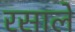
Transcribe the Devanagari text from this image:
रसाले